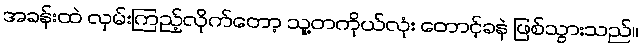
အခန်းထဲ လှမ်းကြည့်လိုက်တော့ သူ့တကိုယ်လုံး တောင့်ခနဲ ဖြစ်သွားသည်။